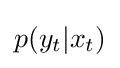
p(y_{t}|x_{t})